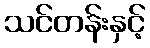
သင်တန်းနှင့်